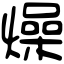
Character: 燥